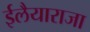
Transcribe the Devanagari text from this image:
ईलैयाराजा